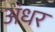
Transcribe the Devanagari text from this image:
अंधर